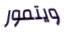
ويتمور